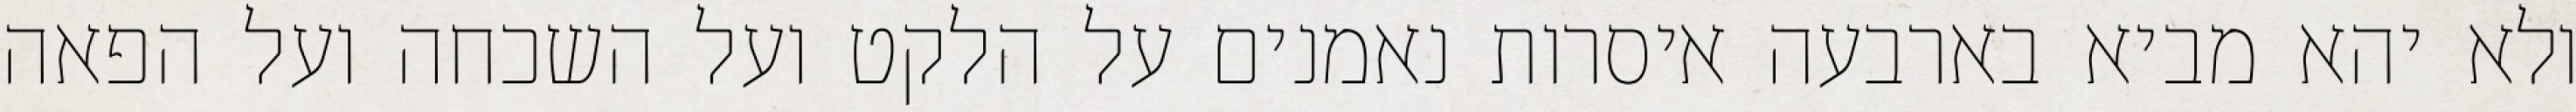
ולא יהא מביא בארבעה איסרות נאמנים על הלקט ועל השכחה ועל הפאה